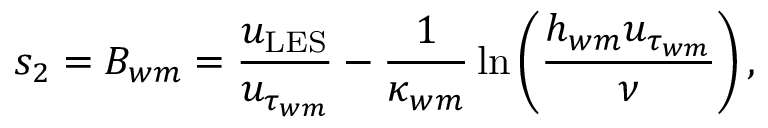
s _ { 2 } = B _ { w m } = \frac { u _ { \mathrm { L E S } } } { u _ { \tau _ { w m } } } - \frac { 1 } { \kappa _ { w m } } \ln \left( \frac { h _ { w m } u _ { \tau _ { w m } } } { \nu } \right) ,